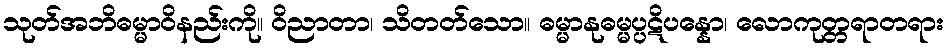
သုတ်အဘိဓမ္မာဝိနည်းကို။ ဝိညာတာ၊ သိတတ်သော။ ဓမ္မာနုဓမ္မပ္ပဋိပန္နော၊ လောကုတ္တရာတရား